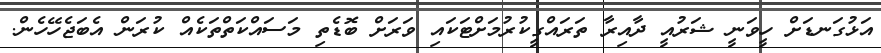
އަޅުގަނޑަށް ހީވަނީ ޝަރުއީ ދާއިރާ ތަރައްގީކުރުމަށްޓަކައި ވަރަށް ބޮޑެތި މަސައްކަތްތަކެއް ކުރަން އެބަޖެހޭހެން.